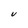
Character: V